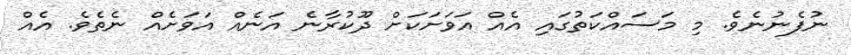
ނުފެނުނެވެ. މި މަސައްކަތުގައި އެއް އަވަށަކަށް ދޫކުރާނެ އަނެއް އަވަށެއް ނެތެވެ. އެއް